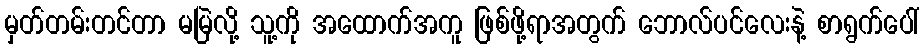
မှတ်တမ်းတင်တာ မမြဲလို့ သူ့ကို အထောက်အကူ ဖြစ်ဖို့ရာအတွက် ဘောလ်ပင်လေးနဲ့ စာရွက်ပေါ်